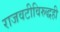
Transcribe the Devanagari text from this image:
राजवटीविरुद्धही